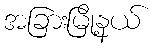
အခြားမြို့နယ်